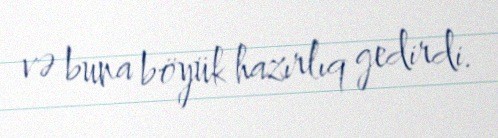
və buna böyük hazırlıq gedirdi.